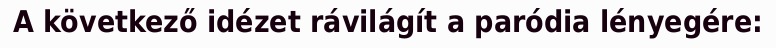
A következő idézet rávilágít a paródia lényegére: